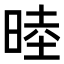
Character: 𬀻